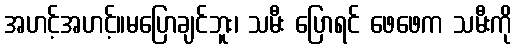
အဟင့်အဟင့်။မပြောချင်ဘူး၊ သမီး ပြောရင် ဖေဖေက သမီးကို